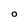
Character: O